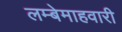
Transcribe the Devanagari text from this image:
लम्बेमाहवारी